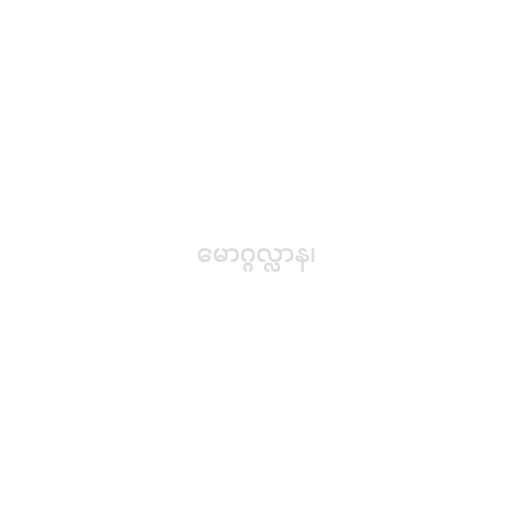
မောဂ္ဂလ္လာန၊